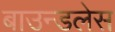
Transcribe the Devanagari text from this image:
बाउन्डलेस